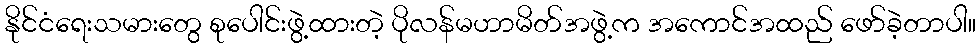
နိုင်ငံရေးသမားတွေ စုပေါင်းဖွဲ့ထားတဲ့ ပိုလန်မဟာမိတ်အဖွဲ့က အကောင်အထည် ဖော်ခဲ့တာပါ။